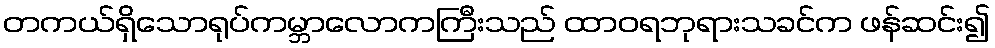
တကယ်ရှိသောရုပ်ကမ္ဘာလောကကြီးသည် ထာဝရဘုရားသခင်က ဖန်ဆင်း၍